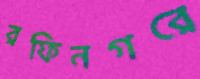
রফিনগরে